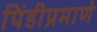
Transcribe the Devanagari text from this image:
पिंडीप्रमाणे